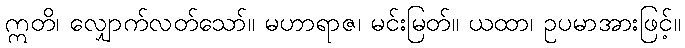
ဣတိ၊ လျှောက်လတ်သော်။ မဟာရာဇ၊ မင်းမြတ်။ ယထာ၊ ဥပမာအားဖြင့်။